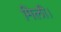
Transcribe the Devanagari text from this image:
मिली।